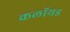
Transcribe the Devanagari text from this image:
कलॉयड